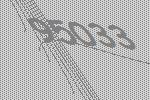
95033